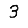
Digit: 3